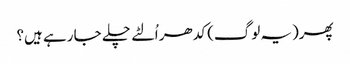
پھر(یہ لوگ) کدھر اُلٹے چلے جا رہے ہیں؟